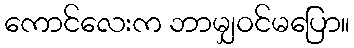
ကောင်လေးက ဘာမျှဝင်မပြော။